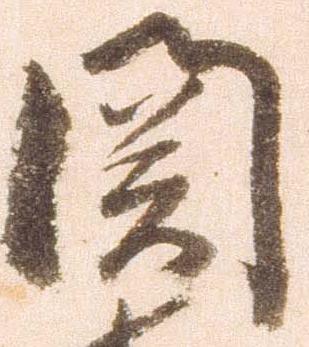
関